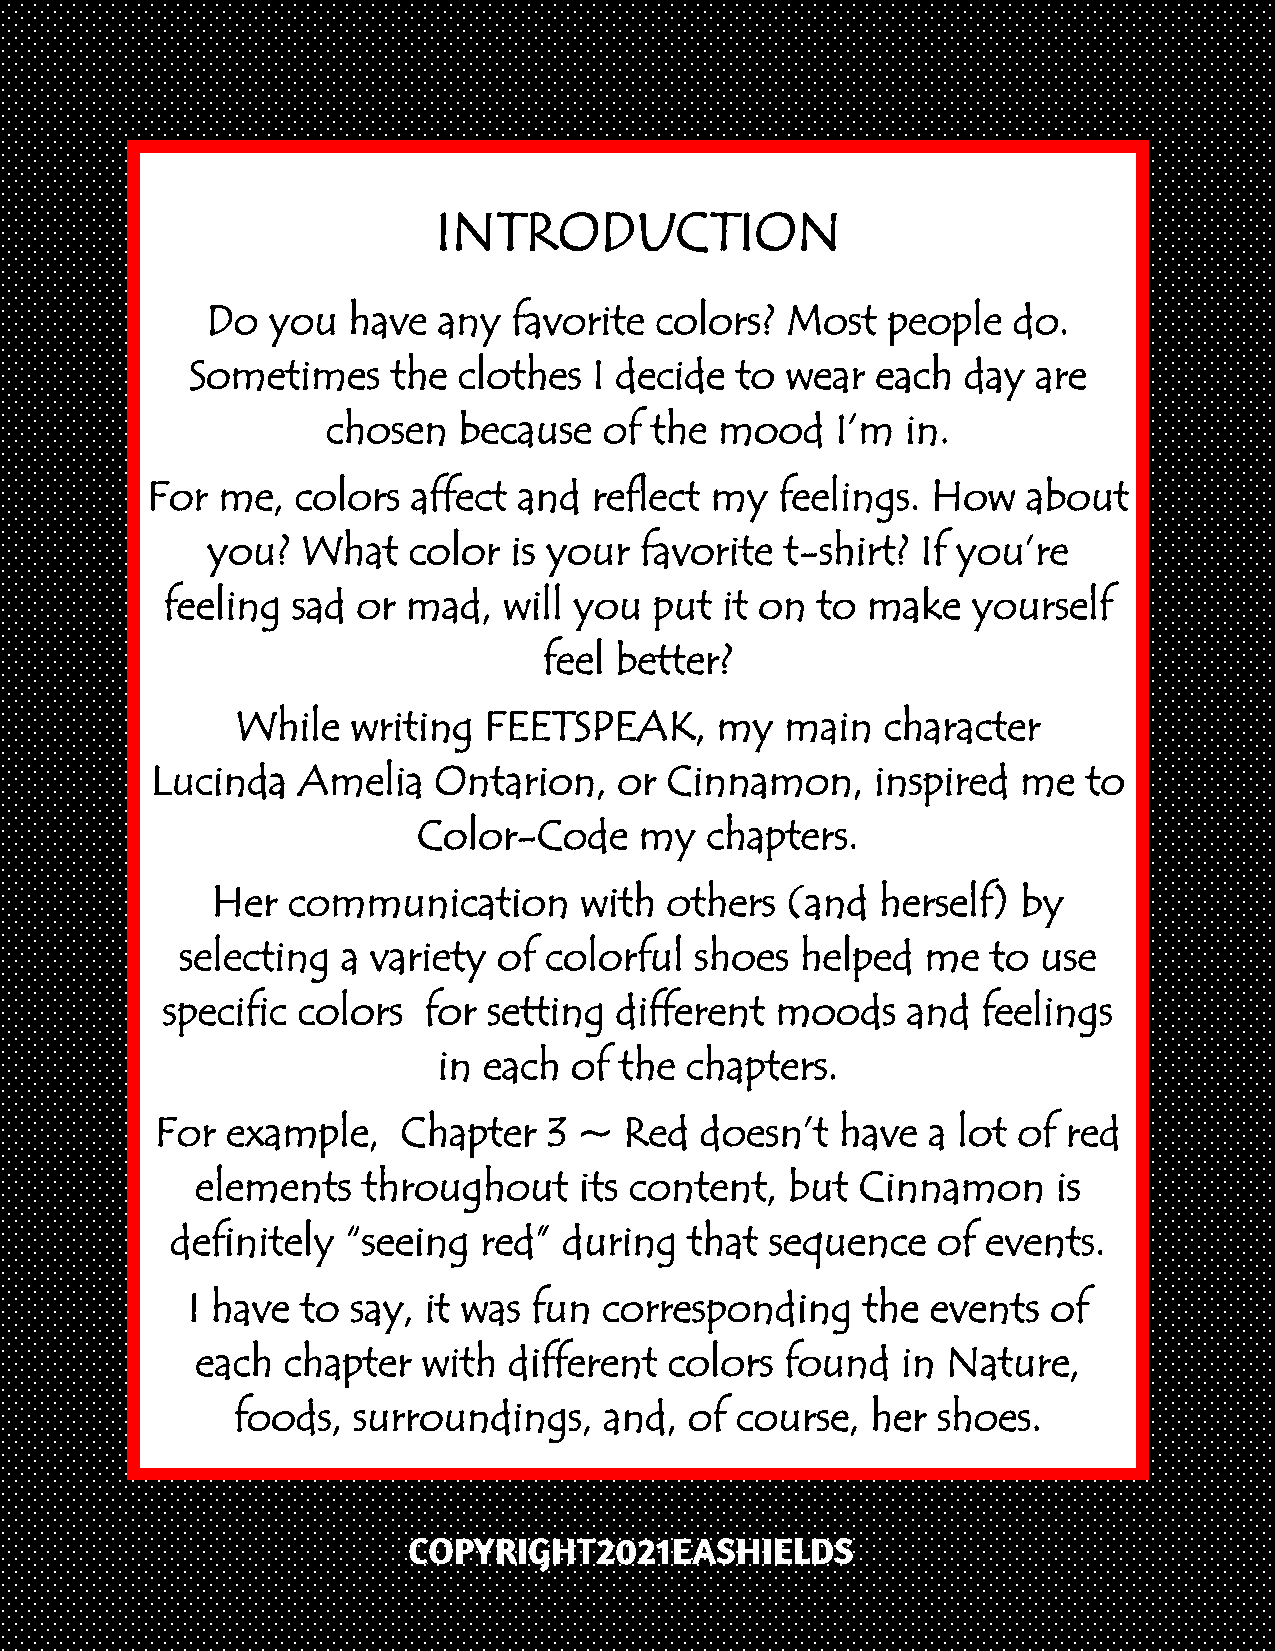
INTRODUCTION
 Do  you  have  any  favorite colors?  Most   people  do.
 Sometimes     the clothes  I decide  to wear  each  day  are
 chosen  because   of the  mood   I’m  in.
 For me,   colors affect and  reflect my   feelings. How   about
 you?  What   color  is your favorite  t-shirt? If you’re
 feeling sad  or mad,  will you  put  it on to make   yourself
 feel better?
 While  writing  FEETSPEAK,     my   main   character
 Lucinda   Amelia   Ontarion,   or Cinnamon,     inspired  me  to
 Color-Code    my   chapters.
 Her  communication      with  others  (and  herself)  by
 selecting  a variety of colorful  shoes  helped  me   to use
 specific colors  for setting  different moods    and  feelings
 in each  of the chapters.
 For  example,    Chapter  3 ~  Red  doesn’t   have a lot of  red
 elements   throughout    its content,  but  Cinnamon     is
 definitely  “seeing  red” during   that sequence   of events.
 I have  to say, it was fun  corresponding    the  events  of
 each  chapter  with  different colors  found   in Nature,
 foods,  surroundings,    and,  of course,  her shoes.
 COPYRIGHT2021EASHIELDS